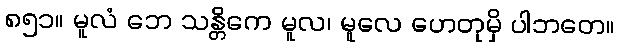
၈၅၁။ မူလံ ဘေ သန္တိကေ မူလ၊ မူလေ ဟေတုမှိ ပါဘတေ။